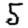
Digit: 5